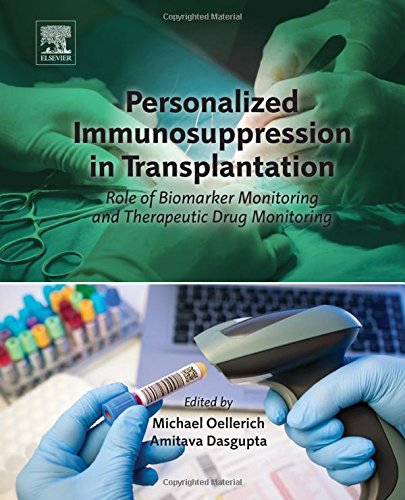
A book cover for Personalized Immunosuppression in Transplantation: Role of Biomarker Monitoring and Therapeutic Drug Monitoring; Science & Math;